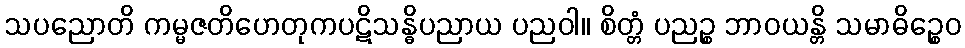
သပညောတိ ကမ္မဇတိဟေတုကပဋိသန္ဓိပညာယ ပညဝါ။ စိတ္တံ ပညဉ္စ ဘာဝယန္တိ သမာဓိဉ္စေဝ